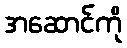
အဆောင်ကို